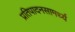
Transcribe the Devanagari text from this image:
प्रतिपादनसामर्थ्य